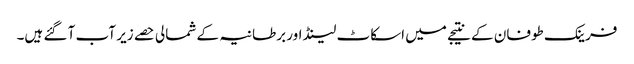
فرینک طوفان کے نتیجے میں اسکاٹ لینڈ اور برطانیہ کے شمالی حصے زیر آب آ گئے ہیں۔